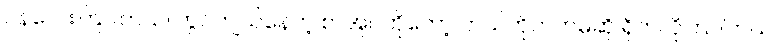
ဝန်လေးကြပါတယ်၊ တွင်ကျယ်နေတဲ့ စာအုပ်ကိုတော့ ဘယ်တိုက်ကမဆို ရိုက်လိုကြပါတယ်၊